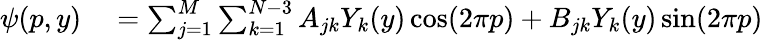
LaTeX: \begin{array}{rl}{\psi(p,y)}&{{}=\sum_{j=1}^{M}\sum_{k=1}^{N-3}A_{jk}Y_{k}(y)\cos(2\pi p)+B_{jk}Y_{k}(y)\sin(2\pi p)}\end{array}